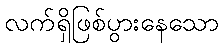
လက်ရှိဖြစ်ပွားနေသော